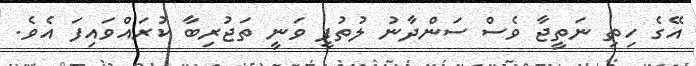
އޭގެ ހިތި ނަތީޖާ ވެސް ސަންދާނު ލުތުފީ ވަނީ ތަޖުރިބާ ކުރައްވައިފަ އެވެ.